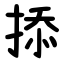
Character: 掭